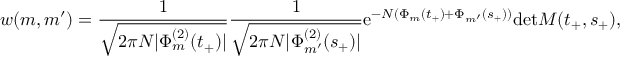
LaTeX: w ( m , m ^ { \prime } ) = \frac { 1 } { \sqrt { 2 \pi N | \Phi _ { m } ^ { ( 2 ) } ( t _ { + } ) | } } \frac { 1 } { \sqrt { 2 \pi N | \Phi _ { m ^ { \prime } } ^ { ( 2 ) } ( s _ { + } ) | } } \mathrm { e } ^ { - N ( \Phi _ { m } ( t _ { + } ) + \Phi _ { m ^ { \prime } } ( s _ { + } ) ) } \mathrm { d e t } M ( t _ { + } , s _ { + } ) ,